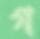
গ